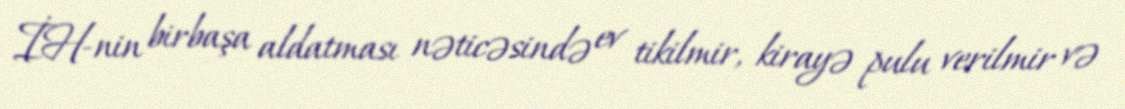
İH-nin birbaşa aldatması nəticəsində ev tikilmir, kirayə pulu verilmir və